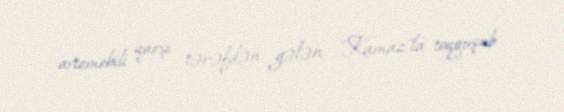
avtomobili qarşı tərəfdən gələn "Kamaz"la toqquşub.